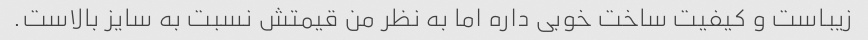
زیباست و کیفیت ساخت خوبی داره اما به نظر من قیمتش نسبت به سایز بالاست.